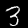
Digit: 3